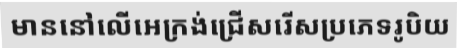
មាននៅលើអេក្រង់ជ្រើសរើសប្រភេទរូបិយ